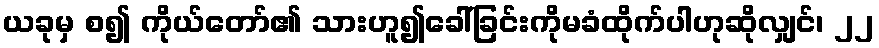
ယခုမှ စ၍ ကိုယ်တော်၏ သားဟူ၍ခေါ်ခြင်းကိုမခံထိုက်ပါဟုဆိုလျှင်၊ ၂၂